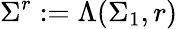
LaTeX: \Sigma^{r}:=\Lambda(\Sigma_{1},r)